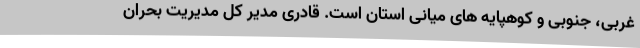
غربی، جنوبی و کوهپایه های میانی استان است. قادری مدیر کل مدیریت بحران